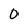
Character: 0